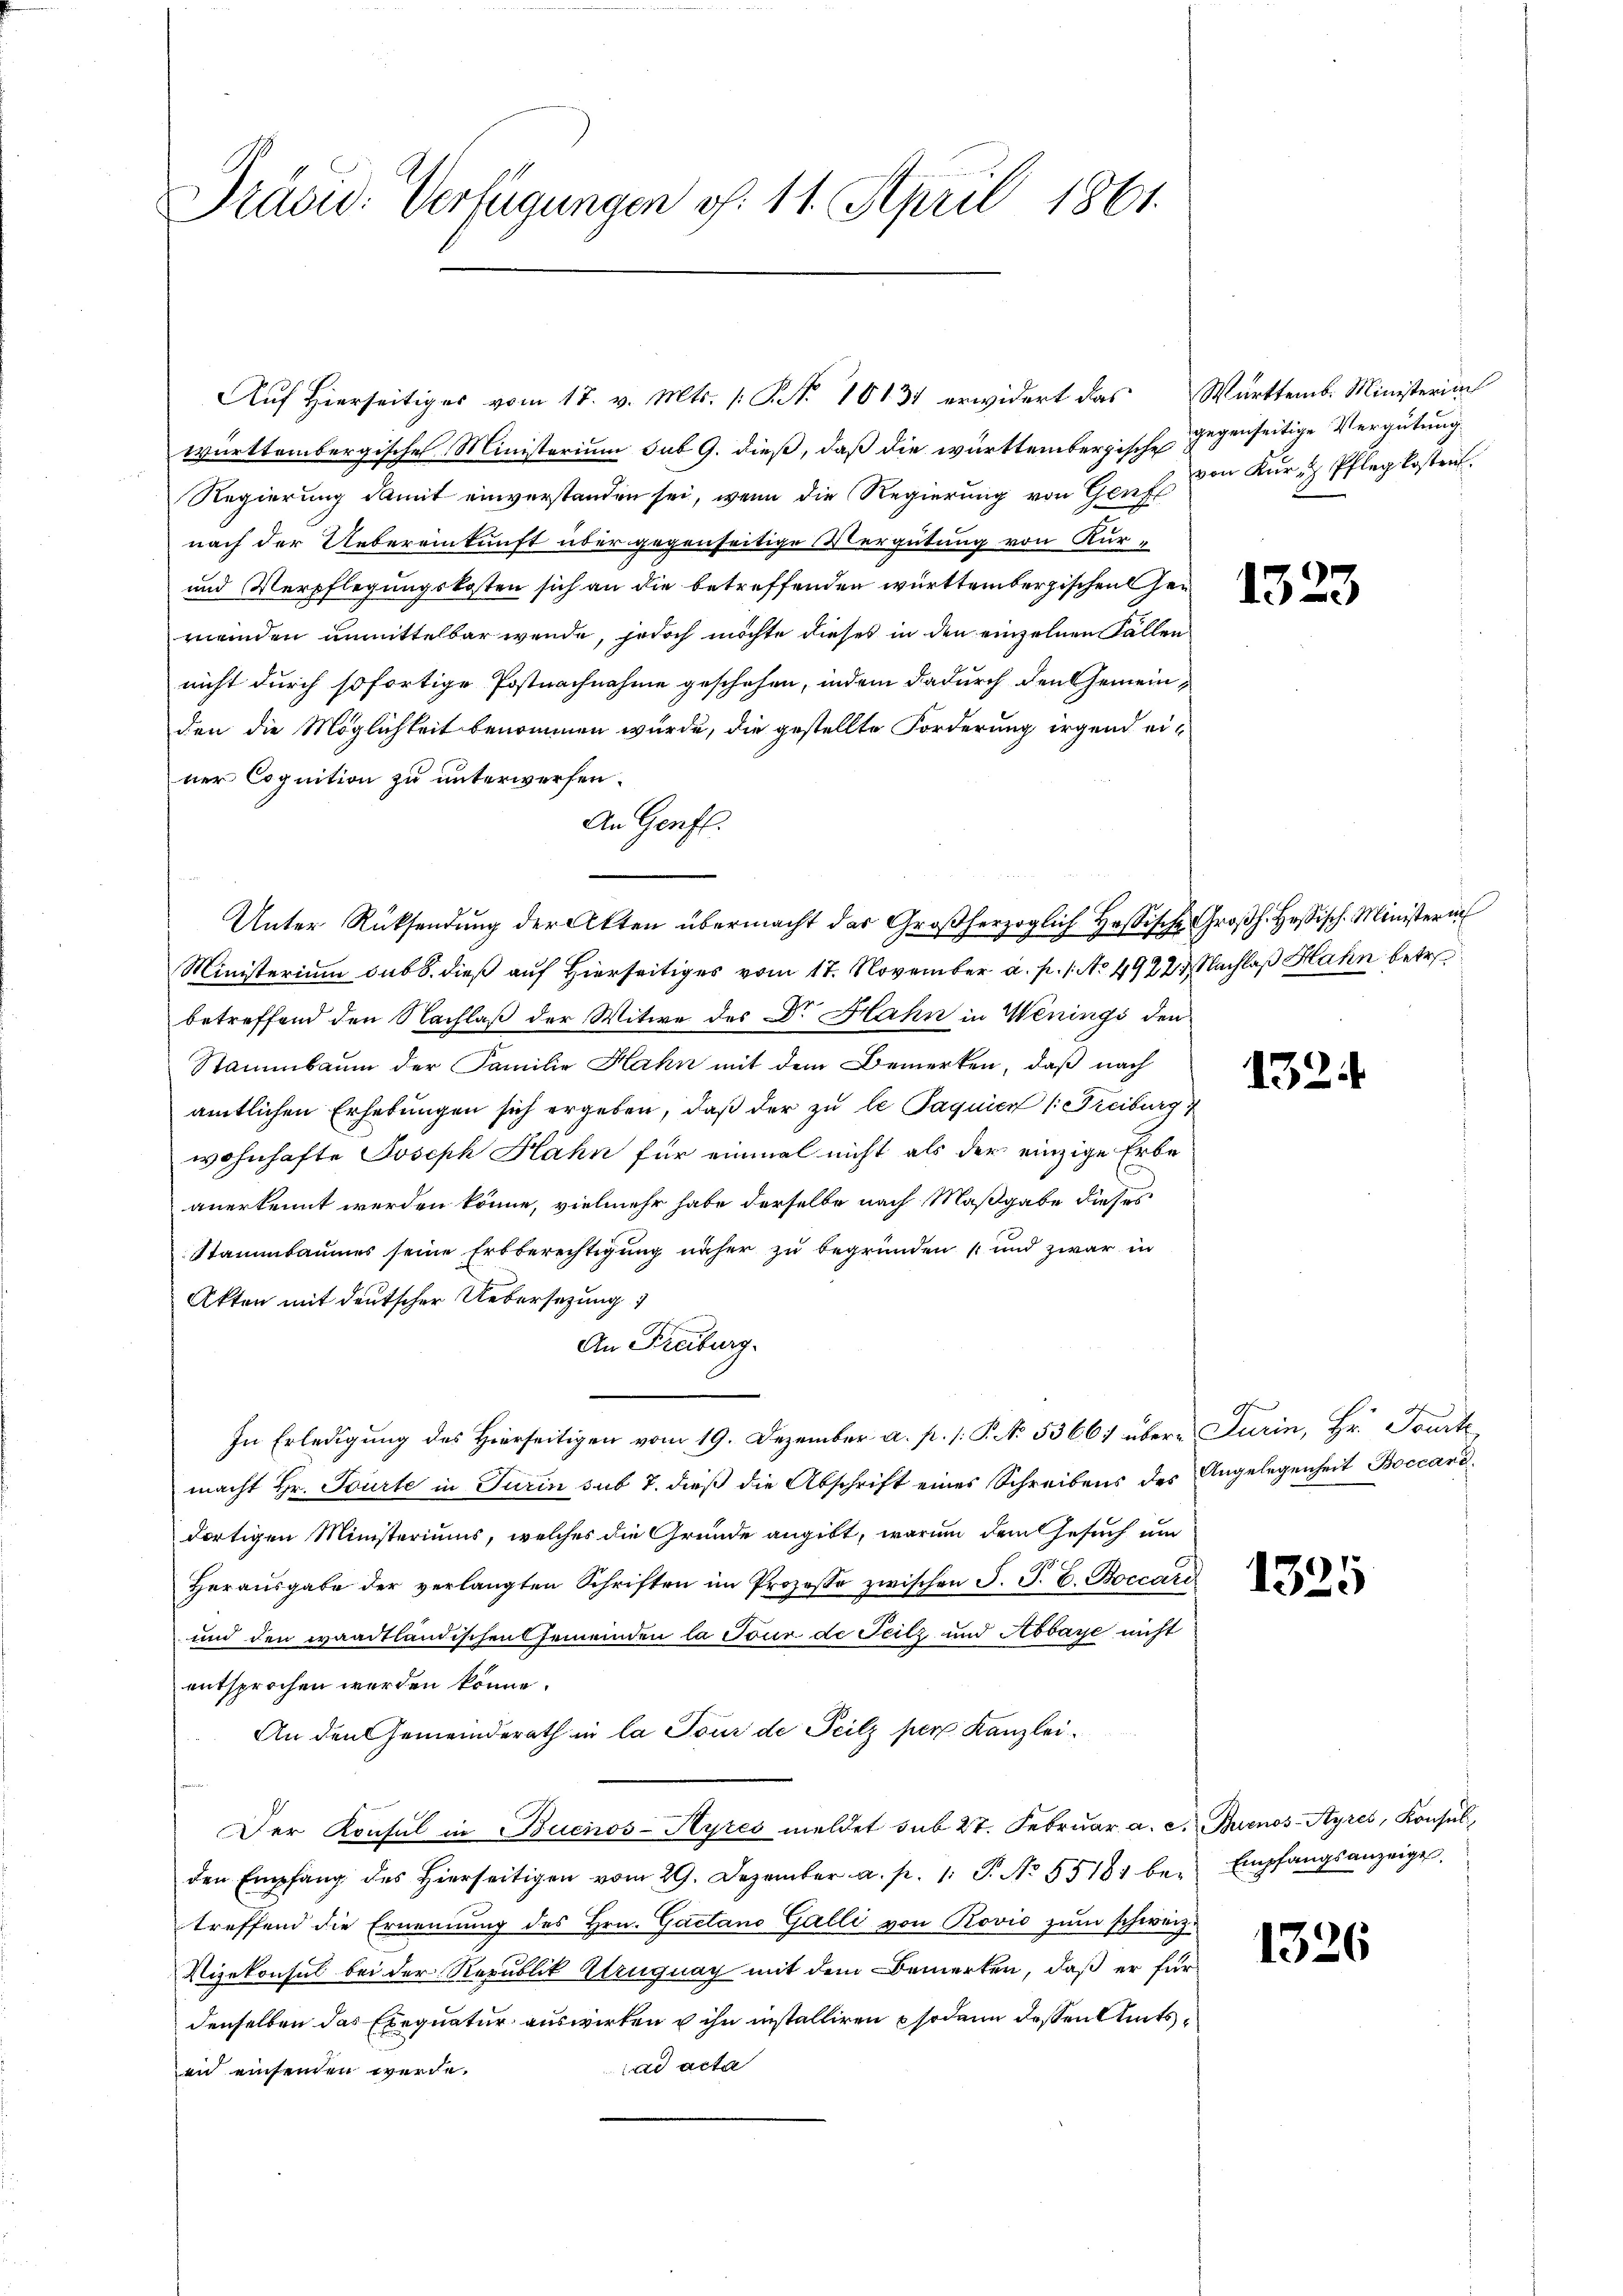
Präsid. Verfügungen d. 11. April 1861.

württembergischen Ministorium sub 9. dieß, daß die württembergische gegenseitige Vergütung
Regierung damit einverstanden sei, wenn die Regierung von Genf von Kur Pflegkosten.
nach der Uebereinkunft über gegenseitige Vergütung von Kur-
und Verpflegungskosten sich an die betreffenden württembergischen Ge
meinden unmittelbar werde, jedoch möchte dieses in den einzelnen Fallen
nicht durch sofortige Postnachnahme geschehen, indem dadurch den Gemeinden die Möglichkeit benommen wurde, die gestellte Forderung irgend einer Cognition zu unterwerfen.
An Genfl.
Unter Rücksendŭng der Akten übermacht das Großherzoglich Hessische Groβh. Hesisch-Ministerin
Ministerium sub 8. dieß auf Hierseitiges vom 17. November a. p. 1. No 4922. Nachlaß Hahn betr.
betreffend den Nachlaß der Witwe der Dr. Hahn in Wenings den
Stammbaum der Familie Kahn mit dem Bemerken, daß nach
amtlichen Erhebungen sich ergeben, daß der zu le Paquien (Freiburg
wohnhafte Joseph Hahn für einmal nicht als der einzige Erbe
anerkennt werden könne, vielmehr habe derselbe nach Maßgabe dieses
Stammbaumes seine Erbberechtigung näher zu begründen und zwar in
Akten mit deutscher Uebersezung
An Freiburg.
In Erledigung des Hierseitigen vom 19. Dezember a. p. /: P. No. 5366) über Turin, Hr. Tourte
macht Hr. Tourte in Turin sub 7. dieß die Abschrift eines Schreibens des Angelegenheit Boccaridortigen Ministeriums, welches die Gründe angibt, warum dem Gesuch um
Herausgabe der verlangten Schriften im Prozesse zwischen F. P. C. Boccari
und den waadtländischen Gemeinden la Tour de Teilz und Abbaye nicht
entsprochen werden könne.
An den Gemeinderath in la Tour de Teilz per Kanzlei¬
Der Konsul in Buenos-Ayres meldet sub 27. Febrŭar a. c. Buenos-Ayres, Konsul,
den Empfang des hierseitigen vom 29. Dezember a. p. 1 S. No. 55181 be- Empfangsanzeige
treffend die Ernennung des Hrn. Gactano Galli von Rović zum schweiz.
Nizekonsul bei der Republik Uruguay mit dem Bemerken, daß er für
denselben das Exequatur auswirken u ihn installiren sodann dessen Amtsad acta
an einsenden werde.

Auf Hierseitiges vom 17. v. Mts. (: P. No 10131 erwidert das Württemb. Ministeriu

1324

1325

1326